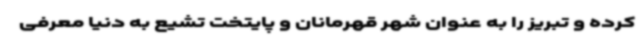
کرده و تبریز را به عنوان شهر قهرمانان و پایتخت تشیع به دنیا معرفی